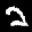
Label: 2